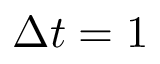
\Delta t = 1